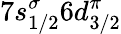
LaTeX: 7s_{1/2}^{\sigma}6d_{3/2}^{\pi}